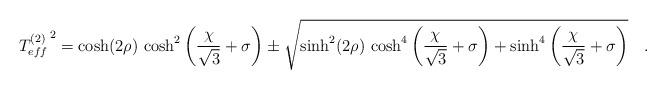
LaTeX: \begin{align*}\left.T^{(2)}_{eff}\right.^2 = \cosh(2\rho)\,\cosh^2\left(\frac{\chi}{\sqrt 3}+\sigma\right)\pm \sqrt{\sinh^2(2\rho)\,\cosh^4\left(\frac{\chi}{\sqrt 3}+\sigma\right)+\sinh^4\left(\frac{\chi}{\sqrt 3}+\sigma\right)}\quad.\end{align*}